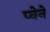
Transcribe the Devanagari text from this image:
प्वेने